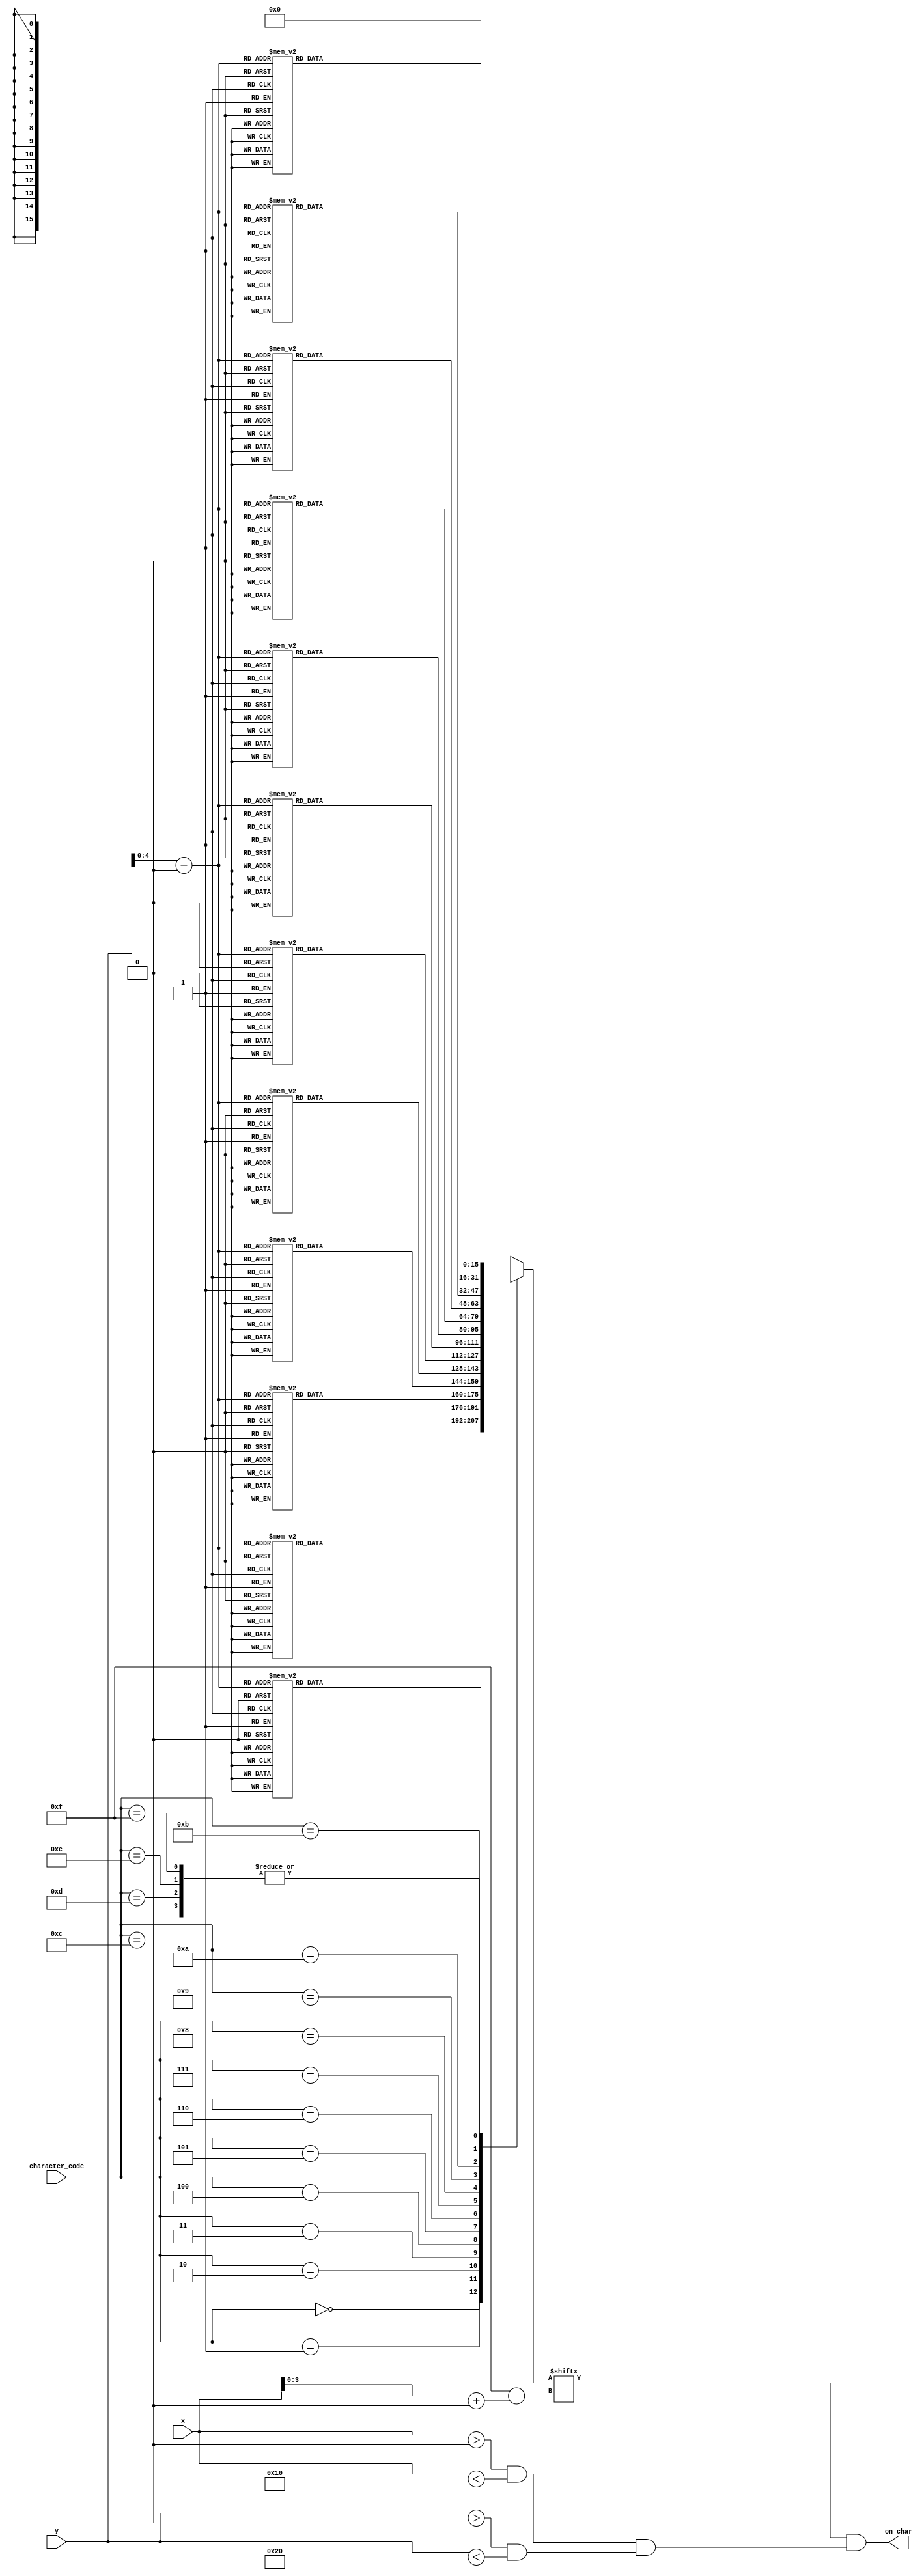
module font16x32 #(
    parameter x1 = 0,
    parameter y1 = 0
)
(
    input [3:0] character_code,
    input [9:0] x,
    input [9:0] y,
    output wire on_char
);

    //TODO: Add pixel maps for 2, 4, 5, 6, 7, 8, 9, degrees, dash
    integer char_width = 16;
    integer char_height = 32;

    reg [4:0] pixel_y;
    reg [3:0] pixel_x;

    //2's complement for local pixel location to save hardware
    always @(*)
        pixel_x = x + (~x1 + 1);

    always @(*)
        pixel_y = y + (~y1 + 1);

    //On/Off bits of each pixel in character depnding on x location
    reg [0:15] character_x;

    always @(*)
        case (character_code)
            4'd0    :
                case (pixel_y)
                    5'd0	:	character_x = 	16'b0000000000000000;
                    5'd1	:	character_x = 	16'b0001111111111000;
                    5'd2	:	character_x = 	16'b0011111111111100;
                    5'd3	:	character_x = 	16'b0111000000001110;
                    5'd4	:	character_x = 	16'b0110000000010110;
                    5'd5	:	character_x = 	16'b0110000000010110;
                    5'd6	:	character_x = 	16'b0110000000010110;
                    5'd7	:	character_x = 	16'b0110000000100110;
                    5'd8	:	character_x = 	16'b0110000000100110;
                    5'd9	:	character_x = 	16'b0110000000100110;
                    5'd10	:	character_x = 	16'b0110000001000110;
                    5'd11	:	character_x = 	16'b0110000001000110;
                    5'd12	:	character_x = 	16'b0110000001000110;
                    5'd13	:	character_x = 	16'b0110000010000110;
                    5'd14	:	character_x = 	16'b0110000010000110;
                    5'd15	:	character_x = 	16'b0110000010000110;
                    5'd16	:	character_x = 	16'b0110000100000110;
                    5'd17	:	character_x = 	16'b0110000100000110;
                    5'd18	:	character_x = 	16'b0110000100000110;
                    5'd19	:	character_x = 	16'b0110001000000110;
                    5'd20	:	character_x = 	16'b0110001000000110;
                    5'd21	:	character_x = 	16'b0110001000000110;
                    5'd22	:	character_x = 	16'b0110010000000110;
                    5'd23	:	character_x = 	16'b0110010000000110;
                    5'd24	:	character_x = 	16'b0110010000000110;
                    5'd25	:	character_x = 	16'b0110100000000110;
                    5'd26	:	character_x = 	16'b0110100000000110;
                    5'd27	:	character_x = 	16'b0110100000000110;
                    5'd28	:	character_x = 	16'b0111000000001110;
                    5'd29	:	character_x = 	16'b0011111111111100;
                    5'd30	:	character_x = 	16'b0001111111111000;
                    5'd31	:	character_x = 	16'b0000000000000000;
                    default:     character_x =  16'b0000000000000000;
                endcase
            4'd1    :
                case (pixel_y)
                    5'd0	:	character_x = 	16'b0000000000000000;
                    5'd1	:	character_x = 	16'b0000000110000000;
                    5'd2	:	character_x = 	16'b0000001110000000;
                    5'd3	:	character_x = 	16'b0000011110000000;
                    5'd4	:	character_x = 	16'b0000000110000000;
                    5'd5	:	character_x = 	16'b0000000110000000;
                    5'd6	:	character_x = 	16'b0000000110000000;
                    5'd7	:	character_x = 	16'b0000000110000000;
                    5'd8	:	character_x = 	16'b0000000110000000;
                    5'd9	:	character_x = 	16'b0000000110000000;
                    5'd10	:	character_x = 	16'b0000000110000000;
                    5'd11	:	character_x = 	16'b0000000110000000;
                    5'd12	:	character_x = 	16'b0000000110000000;
                    5'd13	:	character_x = 	16'b0000000110000000;
                    5'd14	:	character_x = 	16'b0000000110000000;
                    5'd15	:	character_x = 	16'b0000000110000000;
                    5'd16	:	character_x = 	16'b0000000110000000;
                    5'd17	:	character_x = 	16'b0000000110000000;
                    5'd18	:	character_x = 	16'b0000000110000000;
                    5'd19	:	character_x = 	16'b0000000110000000;
                    5'd20	:	character_x = 	16'b0000000110000000;
                    5'd21	:	character_x = 	16'b0000000110000000;
                    5'd22	:	character_x = 	16'b0000000110000000;
                    5'd23	:	character_x = 	16'b0000000110000000;
                    5'd24	:	character_x = 	16'b0000000110000000;
                    5'd25	:	character_x = 	16'b0000000110000000;
                    5'd26	:	character_x = 	16'b0000000110000000;
                    5'd27	:	character_x = 	16'b0000000110000000;
                    5'd28	:	character_x = 	16'b0000000110000000;
                    5'd29	:	character_x = 	16'b0001111111111000;
                    5'd30	:	character_x = 	16'b0001111111111000;
                    5'd31	:	character_x = 	16'b0000000000000000;
                    default:    character_x =  16'b0000000000000000;
                endcase
            4'd2    :
                case (pixel_y)
                    5'd0	:	character_x = 	16'b0000000000000000;
                    5'd1	:	character_x = 	16'b0000111111110000;
                    5'd2	:	character_x = 	16'b0001111111111000;
                    5'd3	:	character_x = 	16'b0011111111111100;
                    5'd4	:	character_x = 	16'b0111000000001110;
                    5'd5	:	character_x = 	16'b0111000000001110;
                    5'd6	:	character_x = 	16'b0111000000001110;
                    5'd7	:	character_x = 	16'b0111000000001110;
                    5'd8	:	character_x = 	16'b0111000000001110;
                    5'd9	:	character_x = 	16'b0111000000001110;
                    5'd10	:	character_x = 	16'b0000000000001110;
                    5'd11	:	character_x = 	16'b0000000000001100;
                    5'd12	:	character_x = 	16'b0000000000011100;
                    5'd13	:	character_x = 	16'b0000000000011000;
                    5'd14	:	character_x = 	16'b0000000000111000;
                    5'd15	:	character_x = 	16'b0000000000110000;
                    5'd16	:	character_x = 	16'b0000000001110000;
                    5'd17	:	character_x = 	16'b0000000001100000;
                    5'd18	:	character_x = 	16'b0000000011100000;
                    5'd19	:	character_x = 	16'b0000000011000000;
                    5'd20	:	character_x = 	16'b0000000111000000;
                    5'd21	:	character_x = 	16'b0000000110000000;
                    5'd22	:	character_x = 	16'b0000001110000000;
                    5'd23	:	character_x = 	16'b0000001100000000;
                    5'd24	:	character_x = 	16'b0000011100000000;
                    5'd25	:	character_x = 	16'b0000011000000000;
                    5'd26	:	character_x = 	16'b0000111000000000;
                    5'd27	:	character_x = 	16'b0001110000000000;
                    5'd28	:	character_x = 	16'b0111111111111110;
                    5'd29	:	character_x = 	16'b0111111111111110;
                    5'd30	:	character_x = 	16'b0111111111111110;
                    5'd31	:	character_x = 	16'b0000000000000000;
                    default:    character_x =   16'b0000000000000000;
                endcase
            4'd3    :
                case (pixel_y)
                    5'd0	:	character_x = 	16'b0000000000000000;
                    5'd1	:	character_x = 	16'b0111111111111110;
                    5'd2	:	character_x = 	16'b0111111111111110;
                    5'd3	:	character_x = 	16'b0000000000000110;
                    5'd4	:	character_x = 	16'b0000000000000110;
                    5'd5	:	character_x = 	16'b0000000000000110;
                    5'd6	:	character_x = 	16'b0000000000001100;
                    5'd7	:	character_x = 	16'b0000000000011100;
                    5'd8	:	character_x = 	16'b0000000000111000;
                    5'd9	:	character_x = 	16'b0000000000110000;
                    5'd10	:	character_x = 	16'b0000000000110000;
                    5'd11	:	character_x = 	16'b0000000001100000;
                    5'd12	:	character_x = 	16'b0000000001100000;
                    5'd13	:	character_x = 	16'b0000000011000000;
                    5'd14	:	character_x = 	16'b0000000111000000;
                    5'd15	:	character_x = 	16'b0000000111111100;
                    5'd16	:	character_x = 	16'b0000000111111110;
                    5'd17	:	character_x = 	16'b0000000000000110;
                    5'd18	:	character_x = 	16'b0000000000000110;
                    5'd19	:	character_x = 	16'b0000000000000110;
                    5'd20	:	character_x = 	16'b0000000000000110;
                    5'd21	:	character_x = 	16'b0000000000000110;
                    5'd22	:	character_x = 	16'b0000000000000110;
                    5'd23	:	character_x = 	16'b0000000000000110;
                    5'd24	:	character_x = 	16'b0000000000000110;
                    5'd25	:	character_x = 	16'b0000000000000110;
                    5'd26	:	character_x = 	16'b0110000000000110;
                    5'd27	:	character_x = 	16'b0110000000000110;
                    5'd28	:	character_x = 	16'b0111000000001110;
                    5'd29	:	character_x = 	16'b0011111111111100;
                    5'd30	:	character_x = 	16'b0001111111111000;
                    5'd31	:	character_x = 	16'b0000000000000000;
                    default:     character_x =  16'b0000000000000000;
                endcase
            4'd4    :
                case (pixel_y)
                    5'd0	:	character_x = 	16'b0000000000000000;
                    5'd1	:	character_x = 	16'b0000000000011000;
                    5'd2	:	character_x = 	16'b0000000001111000;
                    5'd3	:	character_x = 	16'b0000000001111000;
                    5'd4	:	character_x = 	16'b0000000011111000;
                    5'd5	:	character_x = 	16'b0000000010011000;
                    5'd6	:	character_x = 	16'b0000000110011000;
                    5'd7	:	character_x = 	16'b0000000100011000;
                    5'd8	:	character_x = 	16'b0000001100011000;
                    5'd9	:	character_x = 	16'b0000001000011000;
                    5'd10	:	character_x = 	16'b0000011000011000;
                    5'd11	:	character_x = 	16'b0000010000011000;
                    5'd12	:	character_x = 	16'b0000110000011000;
                    5'd13	:	character_x = 	16'b0000100000011000;
                    5'd14	:	character_x = 	16'b0001100000011000;
                    5'd15	:	character_x = 	16'b0001000000011000;
                    5'd16	:	character_x = 	16'b0011000000011000;
                    5'd17	:	character_x = 	16'b0110000000011000;
                    5'd18	:	character_x = 	16'b0110000000011000;
                    5'd19	:	character_x = 	16'b0111111111111110;
                    5'd20	:	character_x = 	16'b0111111111111110;
                    5'd21	:	character_x = 	16'b0000000000011000;
                    5'd22	:	character_x = 	16'b0000000000011000;
                    5'd23	:	character_x = 	16'b0000000000011000;
                    5'd24	:	character_x = 	16'b0000000000011000;
                    5'd25	:	character_x = 	16'b0000000000011000;
                    5'd26	:	character_x = 	16'b0000000000011000;
                    5'd27	:	character_x = 	16'b0000000000011000;
                    5'd28	:	character_x = 	16'b0000000000011000;
                    5'd29	:	character_x = 	16'b0000000000011000;
                    5'd30	:	character_x = 	16'b0000000000011000;
                    5'd31	:	character_x = 	16'b0000000000000000;
                    default:    character_x =   16'b0000000000000000;
                endcase
            4'd5    :
                case (pixel_y)
                    5'd0	:	character_x = 	16'b0000000000000000;
                    5'd1	:	character_x = 	16'b0000000000000000;
                    5'd2	:	character_x = 	16'b0001111111111100;
                    5'd3	:	character_x = 	16'b0001111111111100;
                    5'd4	:	character_x = 	16'b0001100000000000;
                    5'd5	:	character_x = 	16'b0001100000000000;
                    5'd6	:	character_x = 	16'b0001100000000000;
                    5'd7	:	character_x = 	16'b0001100000000000;
                    5'd8	:	character_x = 	16'b0001100000000000;
                    5'd9	:	character_x = 	16'b0001100000000000;
                    5'd10	:	character_x = 	16'b0001100000000000;
                    5'd11	:	character_x = 	16'b0001100000000000;
                    5'd12	:	character_x = 	16'b0001100000000000;
                    5'd13	:	character_x = 	16'b0001110000000000;
                    5'd14	:	character_x = 	16'b0011111111100000;
                    5'd15	:	character_x = 	16'b0011111111111000;
                    5'd16	:	character_x = 	16'b0011000000011100;
                    5'd17	:	character_x = 	16'b0000000000001100;
                    5'd18	:	character_x = 	16'b0000000000001100;
                    5'd19	:	character_x = 	16'b0000000000001100;
                    5'd20	:	character_x = 	16'b0000000000001100;
                    5'd21	:	character_x = 	16'b0000000000001100;
                    5'd22	:	character_x = 	16'b0000000000001100;
                    5'd23	:	character_x = 	16'b0000000000001100;
                    5'd24	:	character_x = 	16'b0000000000001100;
                    5'd25	:	character_x = 	16'b0000000000001100;
                    5'd26	:	character_x = 	16'b0011000000011100;
                    5'd27	:	character_x = 	16'b0001111111111000;
                    5'd28	:	character_x = 	16'b0000111111100000;
                    5'd29	:	character_x = 	16'b0000000000000000;
                    5'd30	:	character_x = 	16'b0000000000000000;
                    5'd31	:	character_x = 	16'b0000000000000000;
                    default:    character_x =   16'b0000000000000000;
                endcase
            4'd6    :
                case (pixel_y)
                    5'd0	:	character_x = 	16'b0000000000000000;
                    5'd1	:	character_x = 	16'b0000000000000000;
                    5'd2	:	character_x = 	16'b0000111111110000;
                    5'd3	:	character_x = 	16'b0001111111111000;
                    5'd4	:	character_x = 	16'b0001100000001100;
                    5'd5	:	character_x = 	16'b0011000000000100;
                    5'd6	:	character_x = 	16'b0011000000000000;
                    5'd7	:	character_x = 	16'b0011000000000000;
                    5'd8	:	character_x = 	16'b0011000000000000;
                    5'd9	:	character_x = 	16'b0011000000000000;
                    5'd10	:	character_x = 	16'b0011000000000000;
                    5'd11	:	character_x = 	16'b0011000000000000;
                    5'd12	:	character_x = 	16'b0011000000000000;
                    5'd13	:	character_x = 	16'b0011100000000000;
                    5'd14	:	character_x = 	16'b0011111111110000;
                    5'd15	:	character_x = 	16'b0011111111111000;
                    5'd16	:	character_x = 	16'b0011100000011100;
                    5'd17	:	character_x = 	16'b0011000000001100;
                    5'd18	:	character_x = 	16'b0011000000001100;
                    5'd19	:	character_x = 	16'b0011000000001100;
                    5'd20	:	character_x = 	16'b0011000000001100;
                    5'd21	:	character_x = 	16'b0011000000001100;
                    5'd22	:	character_x = 	16'b0011000000001100;
                    5'd23	:	character_x = 	16'b0011000000001100;
                    5'd24	:	character_x = 	16'b0011000000001100;
                    5'd25	:	character_x = 	16'b0011000000001100;
                    5'd26	:	character_x = 	16'b0011000000001100;
                    5'd27	:	character_x = 	16'b0011100000011100;
                    5'd28	:	character_x = 	16'b0001111111111000;
                    5'd29	:	character_x = 	16'b0000111111100000;
                    5'd30	:	character_x = 	16'b0000000000000000;
                    5'd31	:	character_x = 	16'b0000000000000000;
                    default:    character_x =   16'b0000000000000000;
                endcase
            4'd7    :
                case (pixel_y)
                    5'd0	:	character_x = 	16'b0000000000000000;
                    5'd1	:	character_x = 	16'b0000000000000000;
                    5'd2	:	character_x = 	16'b0111111111111110;
                    5'd3	:	character_x = 	16'b0111111111111110;
                    5'd4	:	character_x = 	16'b0000000000001100;
                    5'd5	:	character_x = 	16'b0000000000001100;
                    5'd6	:	character_x = 	16'b0000000000001000;
                    5'd7	:	character_x = 	16'b0000000000011000;
                    5'd8	:	character_x = 	16'b0000000000011000;
                    5'd9	:	character_x = 	16'b0000000000010000;
                    5'd10	:	character_x = 	16'b0000000000110000;
                    5'd11	:	character_x = 	16'b0000000000110000;
                    5'd12	:	character_x = 	16'b0000000000100000;
                    5'd13	:	character_x = 	16'b0000000001100000;
                    5'd14	:	character_x = 	16'b0000000001100000;
                    5'd15	:	character_x = 	16'b0000000001000000;
                    5'd16	:	character_x = 	16'b0000000011000000;
                    5'd17	:	character_x = 	16'b0000000011000000;
                    5'd18	:	character_x = 	16'b0000000010000000;
                    5'd19	:	character_x = 	16'b0000000110000000;
                    5'd20	:	character_x = 	16'b0000000110000000;
                    5'd21	:	character_x = 	16'b0000000100000000;
                    5'd22	:	character_x = 	16'b0000001100000000;
                    5'd23	:	character_x = 	16'b0000001100000000;
                    5'd24	:	character_x = 	16'b0000001000000000;
                    5'd25	:	character_x = 	16'b0000011000000000;
                    5'd26	:	character_x = 	16'b0000011000000000;
                    5'd27	:	character_x = 	16'b0000110000000000;
                    5'd28	:	character_x = 	16'b0001110000000000;
                    5'd29	:	character_x = 	16'b0001100000000000;
                    5'd30	:	character_x = 	16'b0000000000000000;
                    5'd31	:	character_x = 	16'b0000000000000000;
                    default:    character_x =   16'b0000000000000000;
                endcase
            4'd8    :
                case (pixel_y)
                    5'd0	:	character_x = 	16'b0000000000000000;
                    5'd1	:	character_x = 	16'b0000111111110000;
                    5'd2	:	character_x = 	16'b0001111111111000;
                    5'd3	:	character_x = 	16'b0011000000001100;
                    5'd4	:	character_x = 	16'b0110000000000110;
                    5'd5	:	character_x = 	16'b0110000000000110;
                    5'd6	:	character_x = 	16'b0110000000000110;
                    5'd7	:	character_x = 	16'b0110000000000110;
                    5'd8	:	character_x = 	16'b0110000000000110;
                    5'd9	:	character_x = 	16'b0110000000000110;
                    5'd10	:	character_x = 	16'b0110000000000110;
                    5'd11	:	character_x = 	16'b0110000000000110;
                    5'd12	:	character_x = 	16'b0110000000000110;
                    5'd13	:	character_x = 	16'b0110000000000110;
                    5'd14	:	character_x = 	16'b0110000000000110;
                    5'd15	:	character_x = 	16'b0011000000001100;
                    5'd16	:	character_x = 	16'b0011111111111100;
                    5'd17	:	character_x = 	16'b0011000000001100;
                    5'd18	:	character_x = 	16'b0110000000000110;
                    5'd19	:	character_x = 	16'b0110000000000110;
                    5'd20	:	character_x = 	16'b0110000000000110;
                    5'd21	:	character_x = 	16'b0110000000000110;
                    5'd22	:	character_x = 	16'b0110000000000110;
                    5'd23	:	character_x = 	16'b0110000000000110;
                    5'd24	:	character_x = 	16'b0110000000000110;
                    5'd25	:	character_x = 	16'b0110000000000110;
                    5'd26	:	character_x = 	16'b0110000000000110;
                    5'd27	:	character_x = 	16'b0010000000000100;
                    5'd28	:	character_x = 	16'b0011000000001100;
                    5'd29	:	character_x = 	16'b0001111111111000;
                    5'd30	:	character_x = 	16'b0000111111110000;
                    5'd31	:	character_x = 	16'b0000000000000000;
                    default:    character_x =   16'b0000000000000000;
                endcase
            4'd9    :
                case (pixel_y)
                    5'd0	:	character_x = 	16'b0000000000000000;
                    5'd1	:	character_x = 	16'b0001111111111000;
                    5'd2	:	character_x = 	16'b0011111111111100;
                    5'd3	:	character_x = 	16'b0111000000001110;
                    5'd4	:	character_x = 	16'b0110000000000110;
                    5'd5	:	character_x = 	16'b0110000000000110;
                    5'd6	:	character_x = 	16'b0110000000000110;
                    5'd7	:	character_x = 	16'b0110000000000110;
                    5'd8	:	character_x = 	16'b0110000000000110;
                    5'd9	:	character_x = 	16'b0110000000000110;
                    5'd10	:	character_x = 	16'b0110000000000110;
                    5'd11	:	character_x = 	16'b0110000000000110;
                    5'd12	:	character_x = 	16'b0110000000000110;
                    5'd13	:	character_x = 	16'b0110000000000110;
                    5'd14	:	character_x = 	16'b0111000000001110;
                    5'd15	:	character_x = 	16'b0011111111111110;
                    5'd16	:	character_x = 	16'b0001111111111110;
                    5'd17	:	character_x = 	16'b0000000000001110;
                    5'd18	:	character_x = 	16'b0000000000000110;
                    5'd19	:	character_x = 	16'b0000000000000110;
                    5'd20	:	character_x = 	16'b0000000000000110;
                    5'd21	:	character_x = 	16'b0000000000000110;
                    5'd22	:	character_x = 	16'b0000000000000110;
                    5'd23	:	character_x = 	16'b0000000000000110;
                    5'd24	:	character_x = 	16'b0000000000000110;
                    5'd25	:	character_x = 	16'b0000000000000110;
                    5'd26	:	character_x = 	16'b0000000000000110;
                    5'd27	:	character_x = 	16'b0110000000000110;
                    5'd28	:	character_x = 	16'b0111000000001110;
                    5'd29	:	character_x = 	16'b0011111111111100;
                    5'd30	:	character_x = 	16'b0001111111111000;
                    5'd31	:	character_x = 	16'b0000000000000000;
                    default:    character_x =   16'b0000000000000000;
                endcase
            4'ha    :
                case (pixel_y)
                    5'd0	:	character_x = 	16'b0000000000000000;
                    5'd1	:	character_x = 	16'b0000000000000000;
                    5'd2	:	character_x = 	16'b0000000000000000;
                    5'd3	:	character_x = 	16'b0000000000001000;
                    5'd4	:	character_x = 	16'b0000110000010000;
                    5'd5	:	character_x = 	16'b0001001000010000;
                    5'd6	:	character_x = 	16'b0001001000010000;
                    5'd7	:	character_x = 	16'b0000110000100000;
                    5'd8	:	character_x = 	16'b0000000000100000;
                    5'd9	:	character_x = 	16'b0000000000100000;
                    5'd10	:	character_x = 	16'b0000000001000000;
                    5'd11	:	character_x = 	16'b0000000001000000;
                    5'd12	:	character_x = 	16'b0000000001000000;
                    5'd13	:	character_x = 	16'b0000000010000000;
                    5'd14	:	character_x = 	16'b0000000010000000;
                    5'd15	:	character_x = 	16'b0000000010000000;
                    5'd16	:	character_x = 	16'b0000000100000000;
                    5'd17	:	character_x = 	16'b0000000100000000;
                    5'd18	:	character_x = 	16'b0000000100000000;
                    5'd19	:	character_x = 	16'b0000001000000000;
                    5'd20	:	character_x = 	16'b0000001000000000;
                    5'd21	:	character_x = 	16'b0000001000000000;
                    5'd22	:	character_x = 	16'b0000010000000000;
                    5'd23	:	character_x = 	16'b0000010000000000;
                    5'd24	:	character_x = 	16'b0000010000110000;
                    5'd25	:	character_x = 	16'b0000100001001000;
                    5'd26	:	character_x = 	16'b0000100001001000;
                    5'd27	:	character_x = 	16'b0000100000110000;
                    5'd28	:	character_x = 	16'b0001000000000000;
                    5'd29	:	character_x = 	16'b0000000000000000;
                    5'd30	:	character_x = 	16'b0000000000000000;
                    5'd31	:	character_x = 	16'b0000000000000000;
                    default:    character_x =   16'b0000000000000000;
                endcase
            4'hb    :
                case (pixel_y)
                    5'd0	:	character_x = 	16'b0000000000000000;
                    5'd1	:	character_x = 	16'b0000000000000000;
                    5'd2	:	character_x = 	16'b0000000011100000;
                    5'd3	:	character_x = 	16'b0000000100010000;
                    5'd4	:	character_x = 	16'b0000000100010000;
                    5'd5	:	character_x = 	16'b0000000100010000;
                    5'd6	:	character_x = 	16'b0000000011100000;
                    5'd7	:	character_x = 	16'b0000000000000000;
                    5'd8	:	character_x = 	16'b0000000000000000;
                    5'd9	:	character_x = 	16'b0000000000000000;
                    5'd10	:	character_x = 	16'b0000000000000000;
                    5'd11	:	character_x = 	16'b0000000000000000;
                    5'd12	:	character_x = 	16'b0000000000000000;
                    5'd13	:	character_x = 	16'b0000000000000000;
                    5'd14	:	character_x = 	16'b0000000000000000;
                    5'd15	:	character_x = 	16'b0000000000000000;
                    5'd16	:	character_x = 	16'b0000000000000000;
                    5'd17	:	character_x = 	16'b0000000000000000;
                    5'd18	:	character_x = 	16'b0000000000000000;
                    5'd19	:	character_x = 	16'b0000000000000000;
                    5'd20	:	character_x = 	16'b0000000000000000;
                    5'd21	:	character_x = 	16'b0000000000000000;
                    5'd22	:	character_x = 	16'b0000000000000000;
                    5'd23	:	character_x = 	16'b0000000000000000;
                    5'd24	:	character_x = 	16'b0000000000000000;
                    5'd25	:	character_x = 	16'b0000000000000000;
                    5'd26	:	character_x = 	16'b0000000000000000;
                    5'd27	:	character_x = 	16'b0000000000000000;
                    5'd28	:	character_x = 	16'b0000000000000000;
                    5'd29	:	character_x = 	16'b0000000000000000;
                    5'd30	:	character_x = 	16'b0000000000000000;
                    5'd31	:	character_x = 	16'b0000000000000000;
                    default:    character_x =   16'b0000000000000000;
                endcase
            4'hc    :
                case (pixel_y)
                    default:    character_x =   16'b0000000000000000;
                endcase
            4'hd    :
                case (pixel_y)
                    default:    character_x =   16'b0000000000000000;
                endcase
            4'he    :
                case (pixel_y)
                    default:    character_x =   16'b0000000000000000;
                endcase
            4'hf    :
                case (pixel_y)
                    default:    character_x =   16'b0000000000000000;
                endcase
        endcase

        wire in_char_tile_x, in_char_tile_y, in_char_tile;

        assign in_char_tile_x = ((x > x1) && (x < x1 + char_width));
        assign in_char_tile_y = ((y > y1) && (y < y1 + char_height));
        assign in_char_tile = in_char_tile_x && in_char_tile_y;
        assign on_char = character_x[pixel_x] && in_char_tile;

endmodule